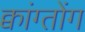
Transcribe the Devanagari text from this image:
क्वांग्तोंग